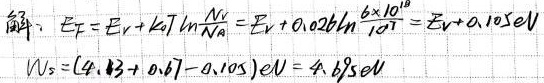
解：
\(E_F = E_V + kT\ln\frac{N_V}{N_A}=E_V + 0.026\ln\frac{6\times 10^{18}}{10^{21}} = E_V + 0.105\mathrm{eV}\)
\(W_s=(4.13 + 0.67 - 0.105)\mathrm{eV}=4.695\mathrm{eV}\)